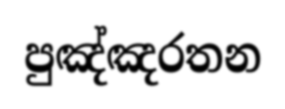
පුඤ්ඤරතන